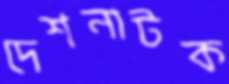
দেশনাটক